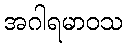
အဂါရမာဝသ